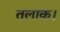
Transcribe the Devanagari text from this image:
तलाक।